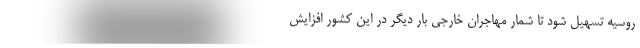
روسیه تسهیل شود تا شمار مهاجران خارجی بار دیگر در این کشور افزایش